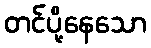
တင်ပို့နေသော